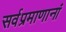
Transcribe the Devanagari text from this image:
सर्वप्रमाणानां